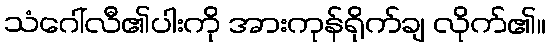
သံဂေါ်လီ၏ပါးကို အားကုန်ရိုက်ချ လိုက်၏။